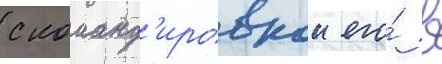
с команд'ировкои его́ в